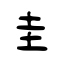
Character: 圭